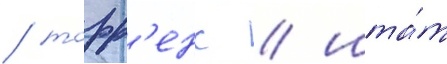
/ торр'енс / шта́т